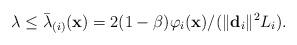
LaTeX: \begin{align*} \lambda \leq \bar \lambda_{(i)}(\mathbf{x})=2(1-\beta) \varphi_{i}(\mathbf{x})/(\|\mathbf{d}_{i} \|^{2}L_{i}).\end{align*}